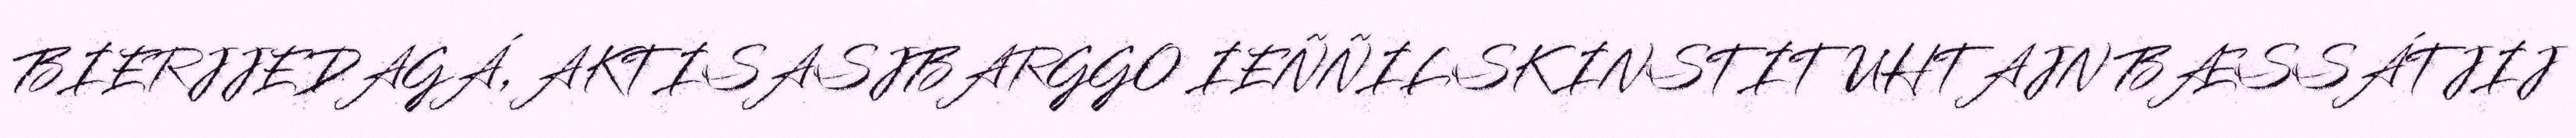
BIERJJEDAGÁ, AKTISASJBARGGO IEÑÑILSK INSTITUHTAJN BÆSSÁTJIJ